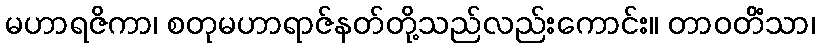
မဟာရဇိကာ၊ စတုမဟာရာဇ်နတ်တို့သည်လည်းကောင်း။ တာဝတိံသာ၊